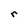
Character: r